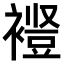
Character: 𫌋